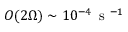
O ( 2 \Omega ) \sim 1 0 ^ { - 4 } \, \mathrm { ~ s ~ } ^ { - 1 }